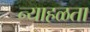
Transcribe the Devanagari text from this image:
न्याहळता